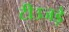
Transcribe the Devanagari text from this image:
टीउजड़े